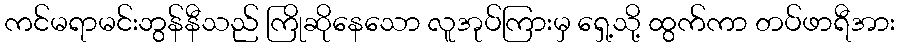
ကင်မရာမင်းဘွန်နီသည် ကြိုဆိုနေသော လူအုပ်ကြားမှ ရှေ့သို့ ထွက်ကာ တပ်ဖာရီအား